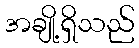
အချို့ရှိသည်